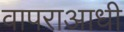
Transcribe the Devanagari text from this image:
वापराआधी